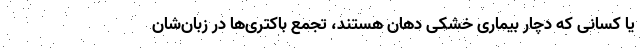
یا کسانی که دچار بیماری خشکی دهان هستند، تجمع باکتری‌ها در زبان‌شان